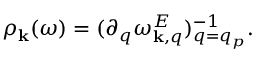
\begin{array} { r } { \rho _ { { \bf k } } ( \omega ) = ( \partial _ { q } \omega _ { { \bf k } , q } ^ { E } ) _ { q = q _ { p } } ^ { - 1 } . } \end{array}